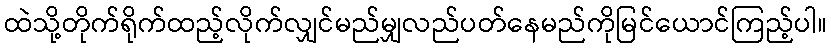
ထဲသို့တိုက်ရိုက်ထည့်လိုက်လျှင်မည်မျှလည်ပတ်နေမည်ကိုမြင်ယောင်ကြည့်ပါ။